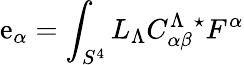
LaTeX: \mathrm{e}_{\alpha}=\int_{S^{4}}L_{\Lambda}C_{\alpha\beta}^{\Lambda\ \ \star}F^{\alpha}